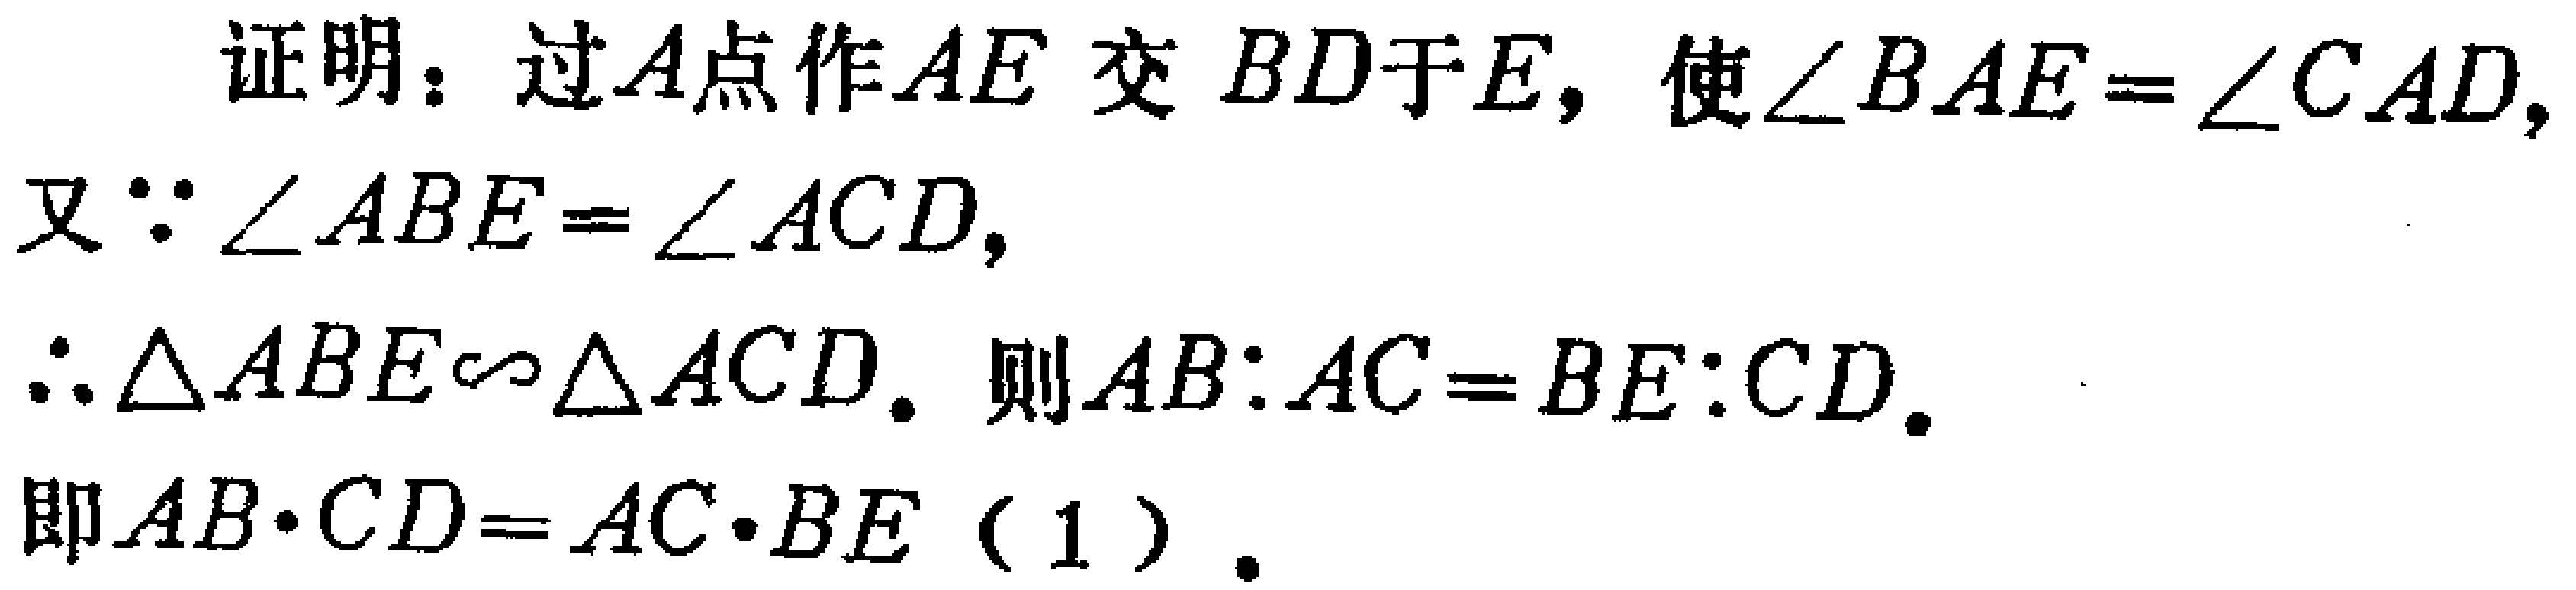
证明：过\(A\)点作\(AE\)交 \(BD\)于\(E\)，使\(\angle BAE=\angle CAD\)，

又\(\because \angle ABE = \angle ACD\)，

\(\therefore \triangle ABE\sim\triangle ACD\). 则\(AB:AC = BE:CD\).

即\(AB\cdot CD=AC\cdot BE\)（1）.